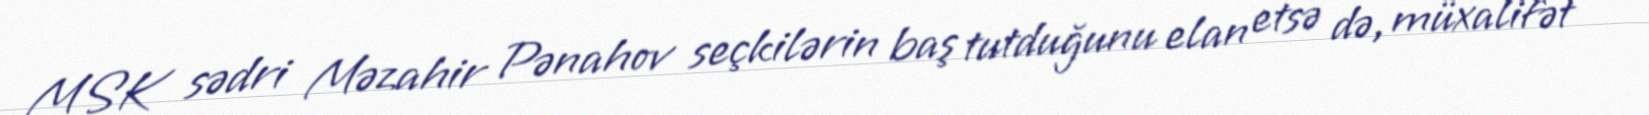
MSK sədri Məzahir Pənahov seçkilərin baş tutduğunu elan etsə də, müxalifət